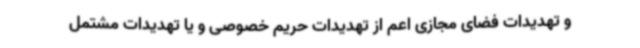
و تهدیدات فضای مجازی اعم از تهدیدات حریم خصوصی و یا تهدیدات مشتمل